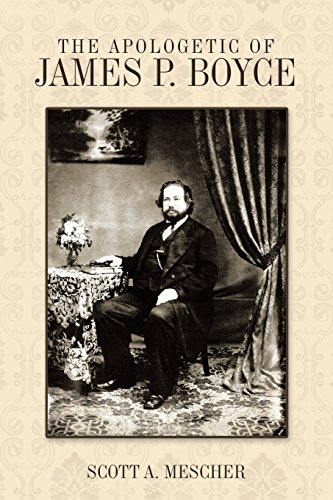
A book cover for The Apologetic of James P. Boyce; Scott Mescher Ph. D.; Christian Books & Bibles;